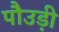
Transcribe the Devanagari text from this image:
पौउड़ी